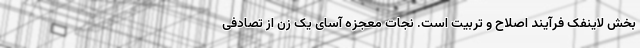
بخش لاینفک فرآیند اصلاح و تربیت است. نجات معجزه آسای یک زن از تصادفی